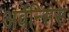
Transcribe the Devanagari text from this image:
अर्वेन्सिस